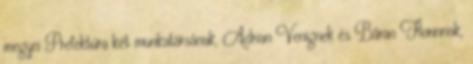
megyei Prefektúra két munkatársának, Adrian Venignek és Băran Florinnak,